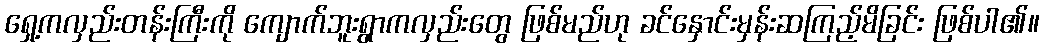
ရှေ့ကလှည်းတန်းကြီးကို ကျောက်ဘူးရွာကလှည်းတွေ ဖြစ်မည်ဟု ခင်နှောင်းမှန်းဆကြည့်မိခြင်း ဖြစ်ပါ၏။